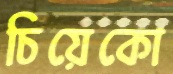
চিয়েকো